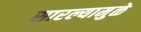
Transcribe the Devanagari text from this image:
सारल्यामुळे